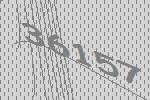
36157